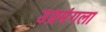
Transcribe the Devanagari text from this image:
उग्रमंगला